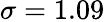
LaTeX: \sigma=1.09